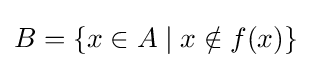
B=\{x\in A\mid x\notin f(x)\}